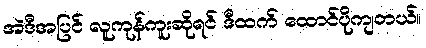
အဲဒီအပြင် လူကုန်ကူးဆိုရင် ဒီထက် ထောင်ပိုကျတယ်။